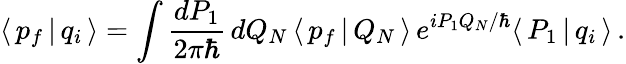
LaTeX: \langle\, p_{f}\, |\, q_{i}\, \rangle=\int\frac{dP_{1}}{2\pi\hbar}\, dQ_{N}\, \langle\, p_{f}\, |\, Q_{N}\, \rangle\, e^{iP_{1}Q_{N}/\hbar}\langle\, P_{1}\, |\, q_{i}\, \rangle\, .